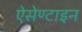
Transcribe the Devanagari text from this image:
ऐसेण्टाइन